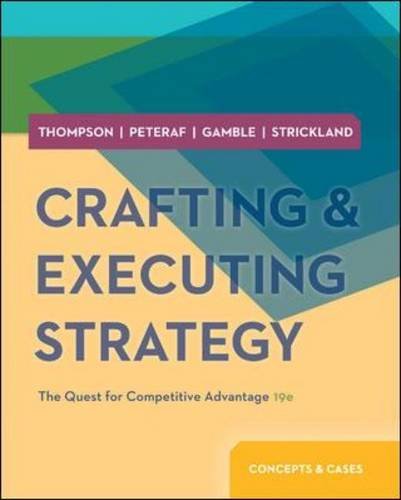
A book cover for Crafting & Executing Strategy: The Quest for Competitive Advantage:  Concepts and Cases; Arthur Thompson; Business & Money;